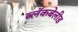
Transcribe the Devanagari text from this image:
ब्लॅकबेलीड